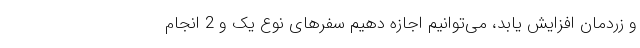
و زردمان افزایش یابد، می‌توانیم اجازه دهیم سفرهای نوع یک و 2 انجام